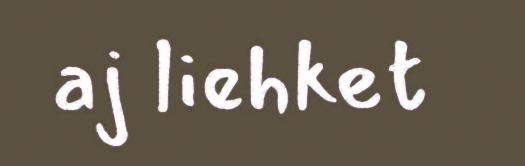
aj liehket